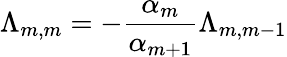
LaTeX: \Lambda_{m,m}=-\frac{\alpha_{m}}{\alpha_{m+1}}\Lambda_{m,m-1}